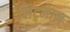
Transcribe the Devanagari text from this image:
लिटमान